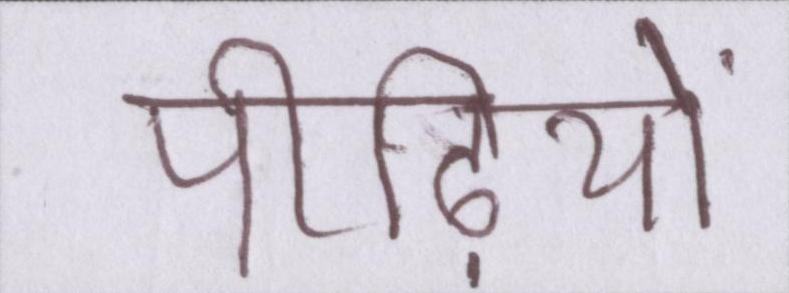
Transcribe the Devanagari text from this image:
पीढ़ियों